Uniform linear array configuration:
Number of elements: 12
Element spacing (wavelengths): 0.5
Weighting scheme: hann
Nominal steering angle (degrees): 45
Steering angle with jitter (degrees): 43.195
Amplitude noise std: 0.05
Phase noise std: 0.05

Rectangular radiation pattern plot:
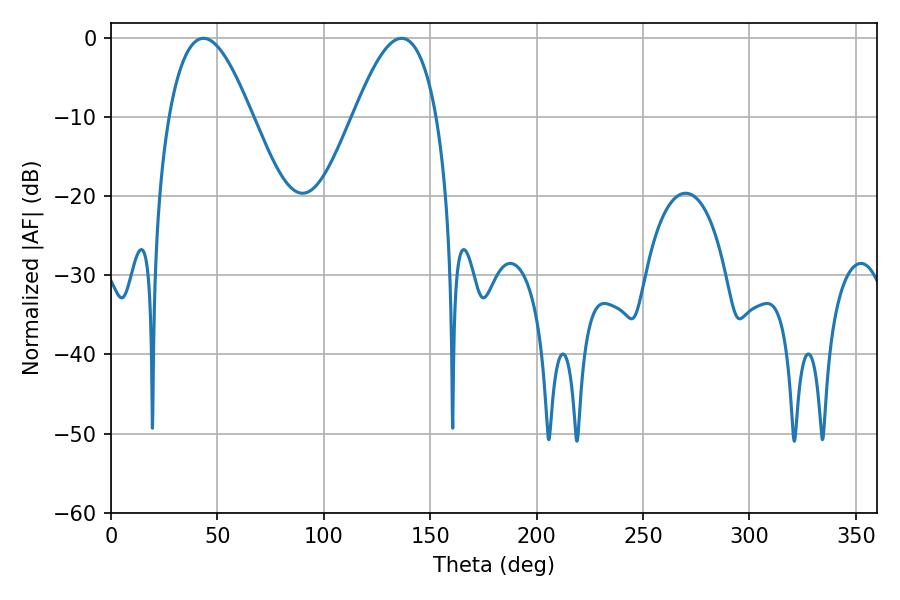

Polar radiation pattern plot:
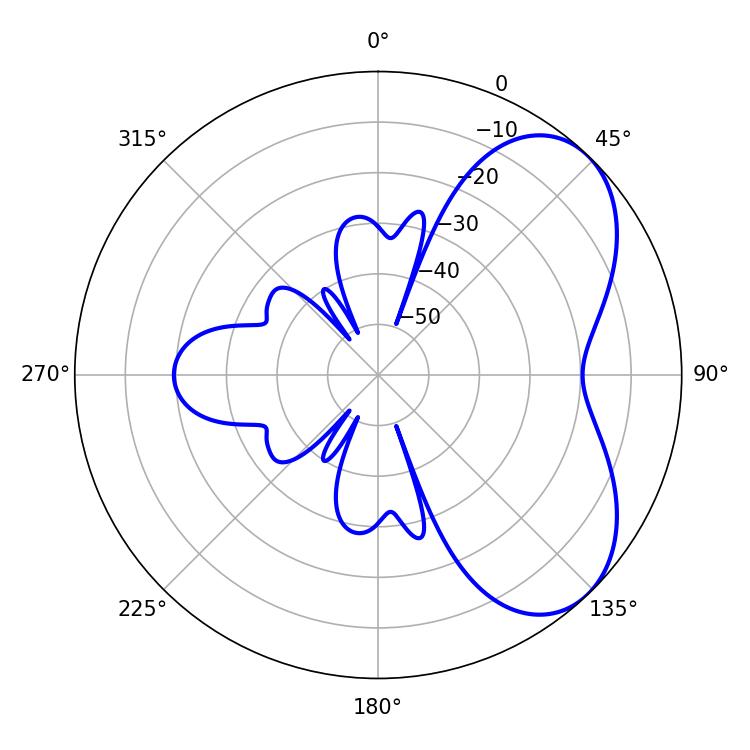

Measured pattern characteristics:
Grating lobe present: FALSE
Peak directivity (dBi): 5.452
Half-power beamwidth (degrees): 21.24
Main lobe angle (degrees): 43.38